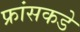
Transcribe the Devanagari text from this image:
फ्रांसकडे